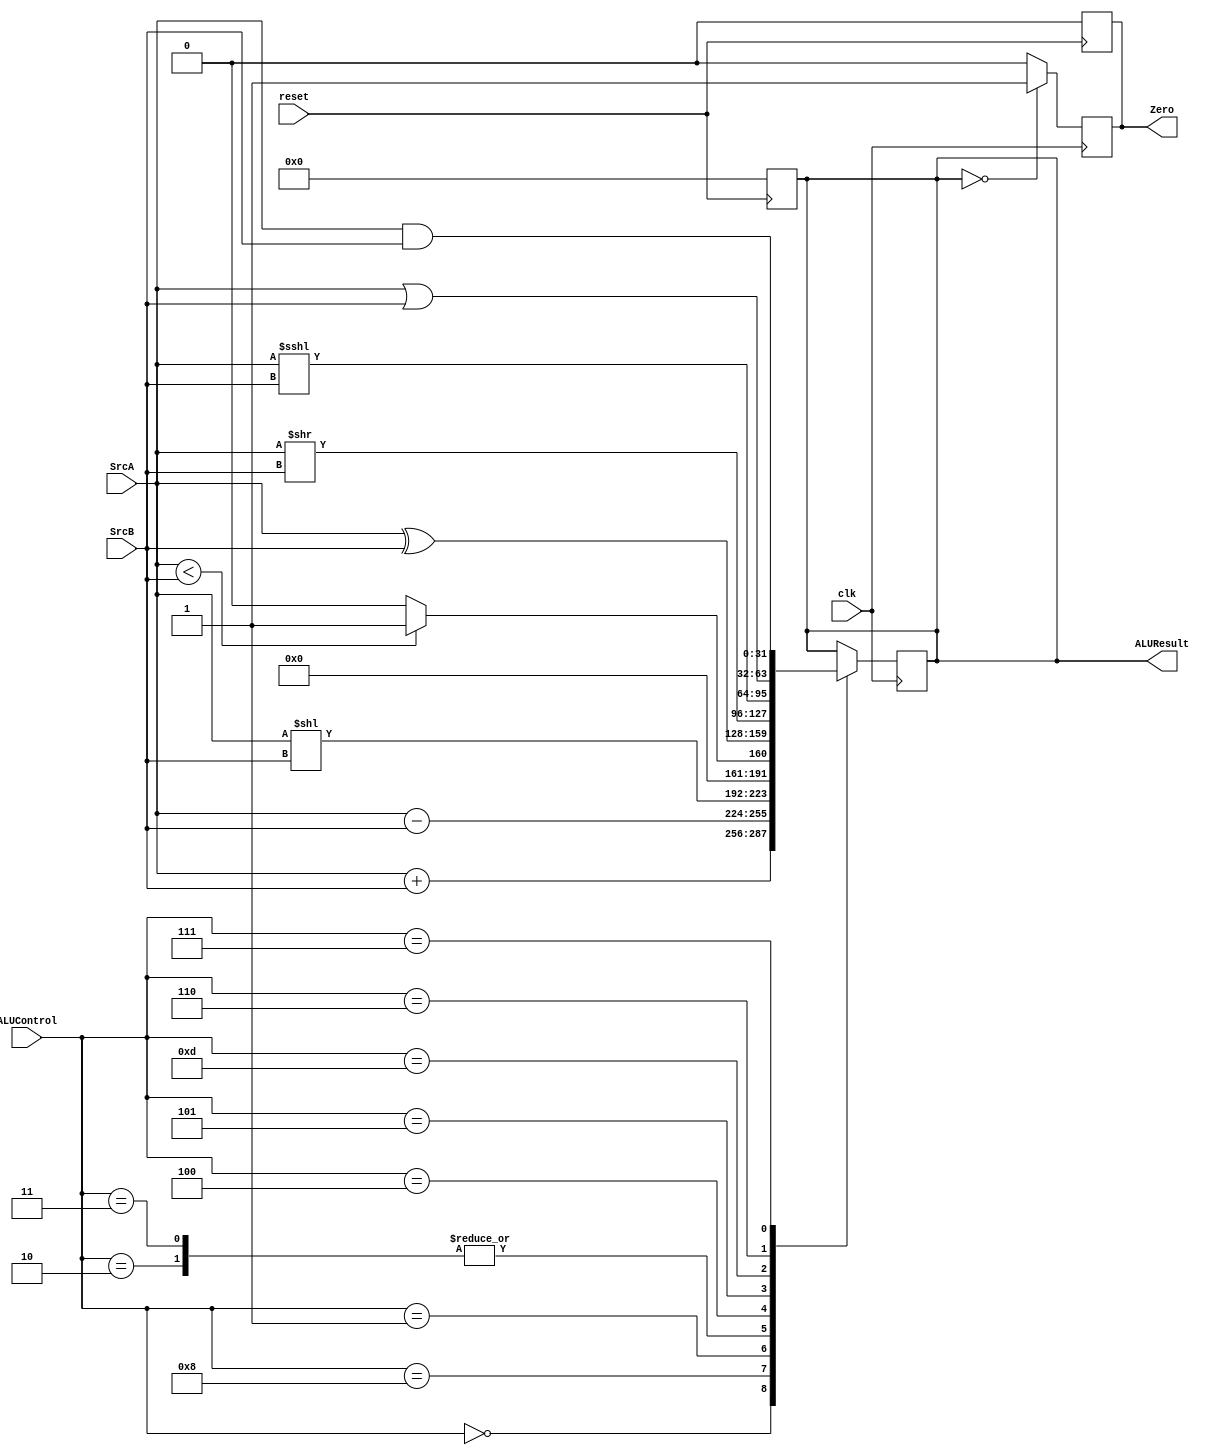
`define ADD 4'b0000
`define SUB 4'b1000
`define SLL 4'b0001
`define SLT 4'b0010
`define SLTU 4'b0011
`define XOR 4'b0100
`define SRL 4'b0101
`define SRA 4'b1101
`define OR 4'b0110
`define AND 4'b0111 
module ALU (input [31:0]SrcA,SrcB,
        input [3:0]ALUControl,
        input clk,
        input reset,
        output reg [31:0]ALUResult,
        output reg Zero
        );

always @ (posedge reset)
begin
  ALUResult<=0;
  Zero<=0;
end

always @ (posedge clk)
begin
    case(ALUControl)
      `ADD:ALUResult<=SrcA+SrcB;
      `SUB:ALUResult<=SrcA-SrcB;
      `SLL:ALUResult<=SrcA<<SrcB;
      `SLT:ALUResult<=(SrcA < SrcB) ? 32'b1 :32'b0;
      `SLTU:ALUResult<=(SrcA < SrcB) ? 32'b1 :32'b0;
      `XOR:ALUResult<=SrcA^SrcB;
      `SRL:ALUResult<=(SrcA>>SrcB);
      `SRA:ALUResult<=SrcA<<<SrcB;
      `OR:ALUResult<=SrcA|SrcB;
      `AND :ALUResult<=SrcA&SrcB;
    endcase
  if (ALUResult==0)
    Zero<=1;
  else 
    Zero<=0;
end
endmodule